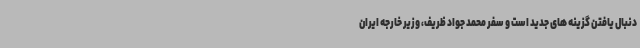
دنبال یافتن گزینه های جدید است و سفر محمد جواد ظریف، وزیر خارجه ایران